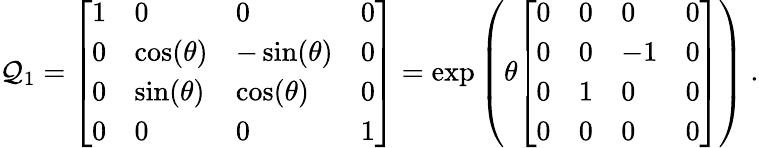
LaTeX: \mathcal{Q}_{1}={\left[\begin{array}{llll}{1}&{0}&{0}&{0}\\ {0}&{\cos(\theta)}&{-\sin(\theta)}&{0}\\ {0}&{\sin(\theta)}&{\cos(\theta)}&{0}\\ {0}&{0}&{0}&{1}\end{array}\right]}=\exp\left(\theta{\left[\begin{array}{llll}{0}&{0}&{0}&{0}\\ {0}&{0}&{-1}&{0}\\ {0}&{1}&{0}&{0}\\ {0}&{0}&{0}&{0}\end{array}\right]}\right)~.